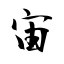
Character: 宙